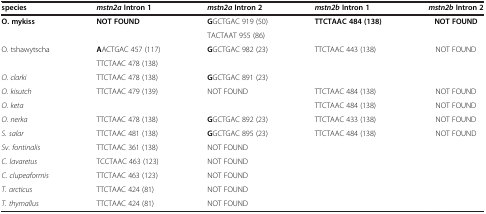
| species | mstn2a Intron 1 | mstn2a Intron 2 | mstn2b Intron 1 | mstn2b Intron 2 |
 | --- | --- | --- | --- | --- |
 | O. mykiss | NOT FOUND | GGCTGAC 919 (50) | TTCTAAC 484 (138) | NOT FOUND |
 |  |  | TACTAAT 955 (86) |  |  |
 | O. tshawytscha | AACTGAC 457 (117) | GGCTGAC 982 (23) | TTCTAAC 443 (138) | NOT FOUND |
 |  | TTCTAAC 478 (138) |  |  |  |
 | O. clarki | TTCTAAC 478 (138) | GGCTGAC 891 (23) |  |  |
 | O. kisutch | TTCTAAC 479 (139) | NOT FOUND | TTCTAAC 484 (138) | NOT FOUND |
 | O. keta |  |  | TTCTAAC 484 (138) | NOT FOUND |
 | O. nerka | TTCTAAC 478 (138) | GGCTGAC 892 (23) | TTCTAAC 433 (138) | NOT FOUND |
 | S. salar | TTCTAAC 481 (138) | GGCTGAC 895 (23) | TTCTAAC 484 (138) | NOT FOUND |
 | Sv. fontinalis | TTCTAAC 361 (138) | NOT FOUND |  |  |
 | C. lavaretus | TCCTAAC 463 (123) | NOT FOUND |  |  |
 | C. clupeaformis | TTCTAAC 463 (123) | NOT FOUND |  |  |
 | T. arcticus | TTCTAAC 424 (81) | NOT FOUND |  |  |
 | T. thymallus | TTCTAAC 424 (81) | NOT FOUND |  |  |